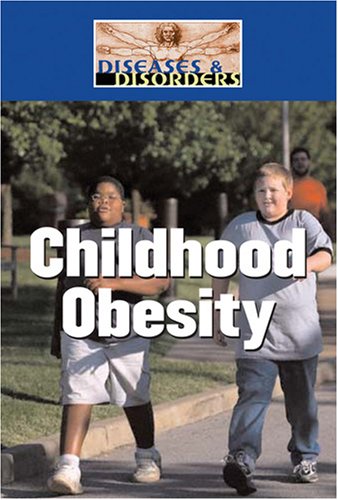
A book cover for Childhood Obesity (Diseases and Disorders); M. N. Jimerson; Teen & Young Adult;